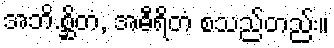
အဘိ.စ္ဆိတံ, အဓီရိတံ စသည်တည်း။